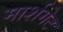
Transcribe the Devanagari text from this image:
मार्शगेट